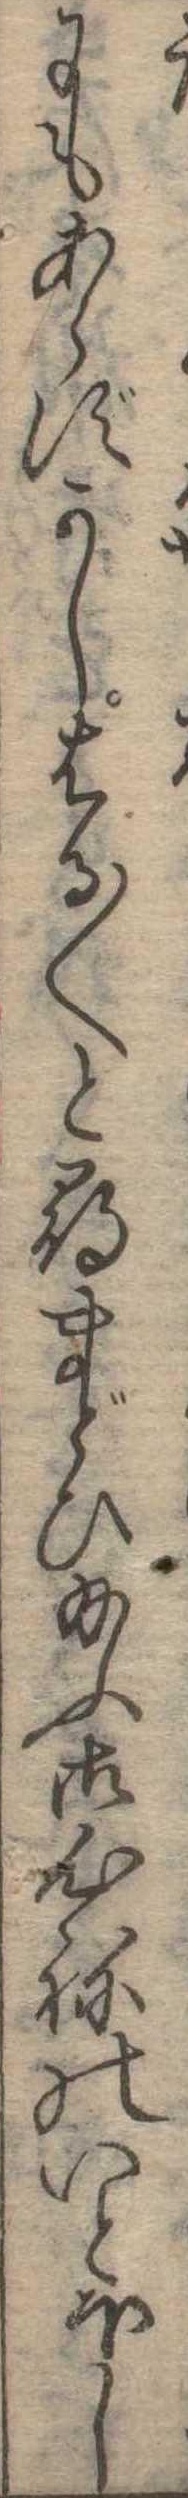
にもあらずかしはる〱と尋まどひ給ふ御心ねのいとほし